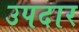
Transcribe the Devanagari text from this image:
उपदार